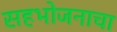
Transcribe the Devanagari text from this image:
सहभोजनाचा